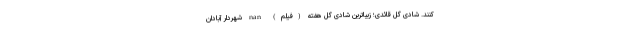
کنند. شادی گل قائدی؛ زیباترین شادی گل هفته (فیلم) nan شهردار آبادان